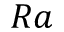
R a